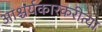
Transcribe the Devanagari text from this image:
आश्चर्यकारकरीत्या